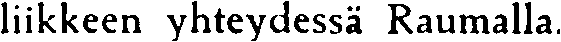
liikkeen yhteydessä Raumalla.